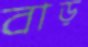
বাড়